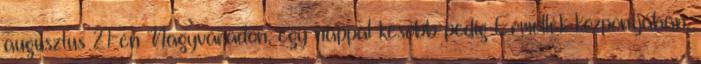
augusztus 21-én Nagyváradon, egy nappal később pedig Érmellék központjában,